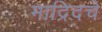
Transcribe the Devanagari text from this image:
माद्रिदचे